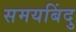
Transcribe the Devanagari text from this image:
समयबिंदु